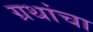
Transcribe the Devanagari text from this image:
ग्रथांचा